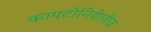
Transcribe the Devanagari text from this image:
कायटोनियेलीज़